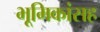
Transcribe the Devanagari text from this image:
भूमिकांसह